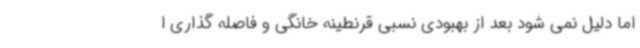
اما دلیل نمی شود بعد از بهبودی نسبی قرنطینه خانگی و فاصله گذاری ا